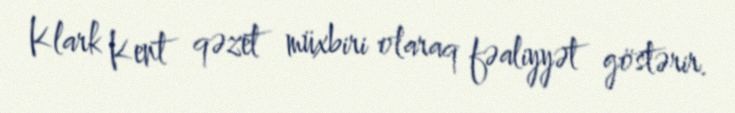
Klark Kent qəzet müxbiri olaraq fəaliyyət göstərir.